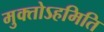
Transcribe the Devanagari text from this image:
मुक्तोऽहमिति